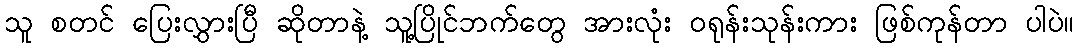
သူ စတင် ပြေးလွှားပြီ ဆိုတာနဲ့ သူ့ပြိုင်ဘက်တွေ အားလုံး ဝရုန်းသုန်းကား ဖြစ်ကုန်တာ ပါပဲ။